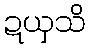
ဍယှသိ